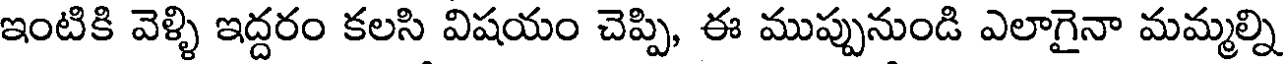
ఇంటికి వెళ్ళి ఇద్దరం కలసి విషయం చెప్పి, ఈ ముప్పునుండి ఎలాగైనా మమ్మల్ని